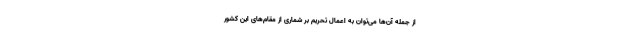
از جمله آن‌ها می‌توان به اعمال تحریم بر شماری از مقام‌های این کشور